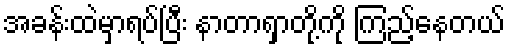
အခန်းထဲမှာရပ်ပြီး နာတာရှာတို့ကို ကြည့်နေတယ်